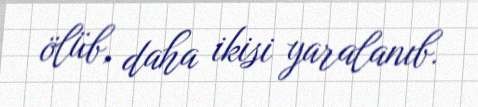
ölüb, daha ikisi yaralanıb.